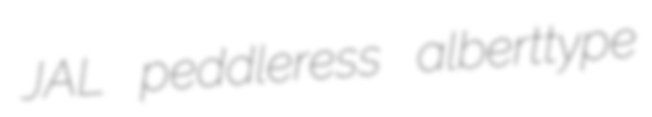
JAL peddleress alberttype